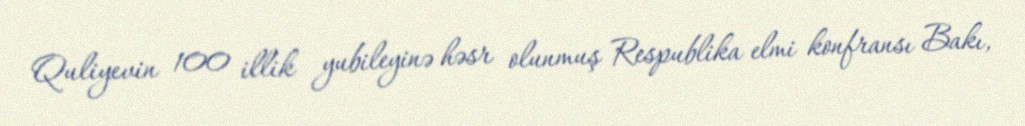
Quliyevin 100 illik yubileyinə həsr olunmuş Respublika elmi konfransı Bakı,